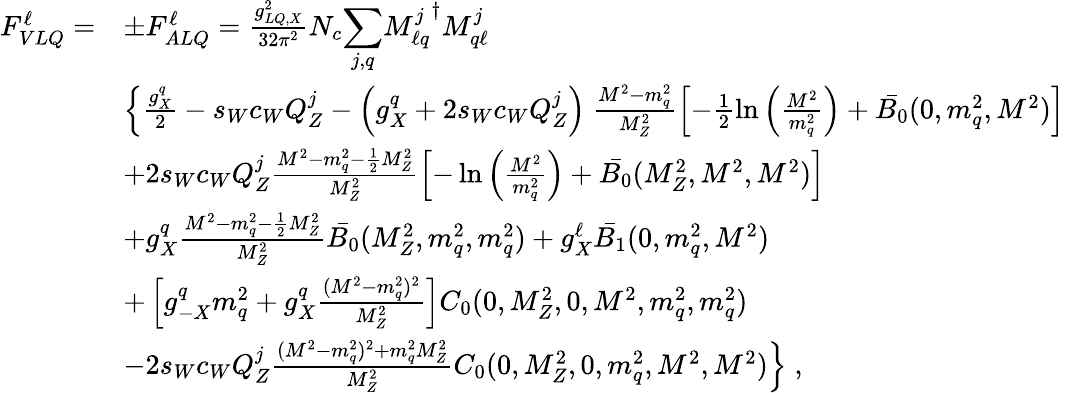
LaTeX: \begin{array}{ll}{{F_{VLQ}^{\ell}=}}&{{\pm F_{ALQ}^{\ell}=\frac{g_{LQ,X}^{2}}{32\pi^{2}}N_{c}{\displaystyle\sum_{j,q}}{M_{\ell q}^{j}}^{\dagger}M_{q\ell}^{j}}}\\ {{}}&{{\left\{ \frac{g_{X}^{q}}{2}-s_{W}c_{W}Q_{Z}^{j}-\left(g_{X}^{q}+2s_{W}c_{W}Q_{Z}^{j}\right)~\frac{M^{2}-m_{q}^{2}}{M_{Z}^{2}}\left[-\frac{1}{2}\ln\left(\frac{M^{2}}{m_{q}^{2}}\right)+\bar{B_{0}}(0,m_{q}^{2},M^{2})\right]\right.}}\\ {{}}&{{+2s_{W}c_{W}Q_{Z}^{j}\frac{M^{2}-m_{q}^{2}-\frac{1}{2}M_{Z}^{2}}{M_{Z}^{2}}\left[-\ln\left(\frac{M^{2}}{m_{q}^{2}}\right)+\bar{B_{0}}(M_{Z}^{2},M^{2},M^{2})\right]}}\\ {{}}&{{+g_{X}^{q}\frac{M^{2}-m_{q}^{2}-\frac{1}{2}M_{Z}^{2}}{M_{Z}^{2}}\bar{B_{0}}(M_{Z}^{2},m_{q}^{2},m_{q}^{2})+g_{X}^{\ell}\bar{B_{1}}(0,m_{q}^{2},M^{2})}}\\ {{}}&{{+\left[g_{-X}^{q}m_{q}^{2}+g_{X}^{q}\frac{(M^{2}-m_{q}^{2})^{2}}{M_{Z}^{2}}\right]C_{0}(0,M_{Z}^{2},0,M^{2},m_{q}^{2},m_{q}^{2})}}\\ {{}}&{{\left.-2s_{W}c_{W}Q_{Z}^{j}\frac{(M^{2}-m_{q}^{2})^{2}+m_{q}^{2}M_{Z}^{2}}{M_{Z}^{2}}C_{0}(0,M_{Z}^{2},0,m_{q}^{2},M^{2},M^{2})\right\} \; ,}}\end{array}